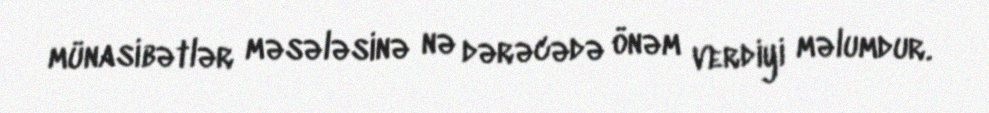
münasibətlər məsələsinə nə dərəcədə önəm verdiyi məlumdur.